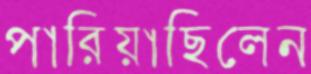
পারিয়াছিলেন